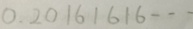
0 . 2 0 1 6 1 6 1 6 \cdots